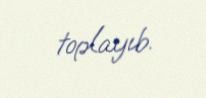
toplayıb.